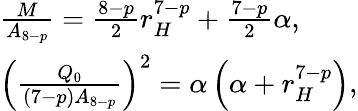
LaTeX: \begin{array}{l}{{\frac{M}{A_{8-p}}=\frac{8-p}{2}r_{H}^{7-p}+\frac{7-p}{2}\alpha,}}\\ {{\left(\frac{Q_{0}}{(7-p)A_{8-p}}\right)^{2}=\alpha\left(\alpha+r_{H}^{7-p}\right),}}\end{array}